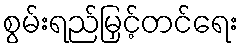
စွမ်းရည်မြှင့်တင်ရေး